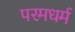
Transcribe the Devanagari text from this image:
परमधर्म